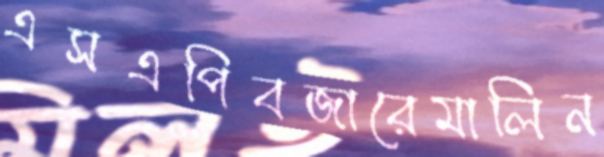
এসএপিবজারেমালিন